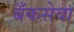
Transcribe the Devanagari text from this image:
बँकसेवा